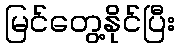
မြင်တွေ့နိုင်ပြီး